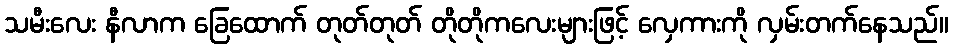
သမီးလေး နီလာက ခြေထောက် တုတ်တုတ် တိုတိုကလေးများဖြင့် လှေကားကို လှမ်းတက်နေသည်။